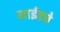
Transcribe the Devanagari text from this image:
गाईडचे